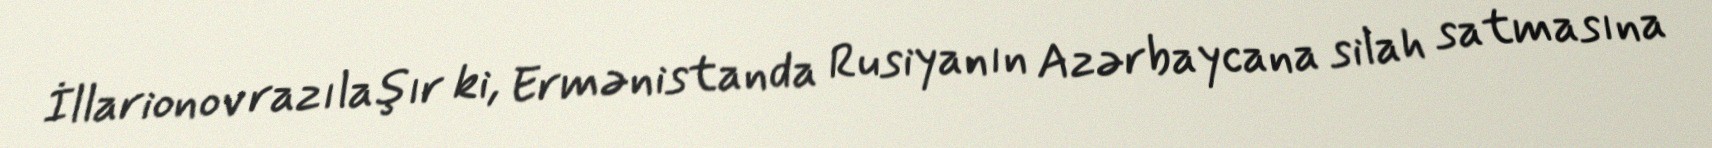
İllarionov razılaşır ki, Ermənistanda Rusiyanın Azərbaycana silah satmasına